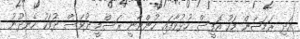
އަދި ރަމަޟާން މަހު އޮފީސް ހުޅުވާފައި ހުންނާނީ ރަސްމީ ދުވަސް ދުވަހު ހެނދުނު